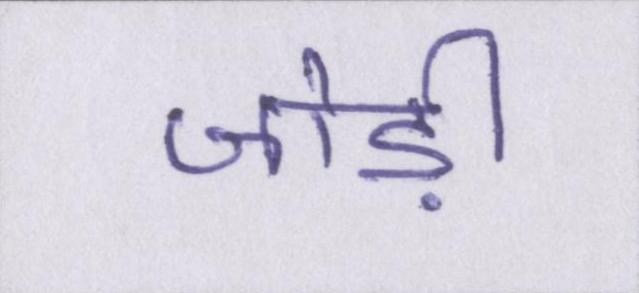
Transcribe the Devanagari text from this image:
जोड़ी